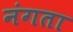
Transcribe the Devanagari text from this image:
नंगता